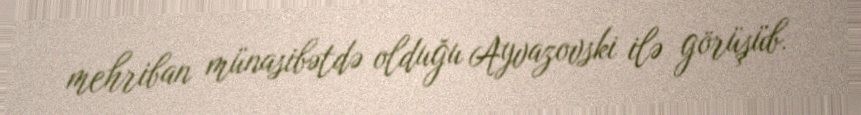
mehriban münasibətdə olduğu Ayvazovski ilə görüşüb.